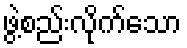
ဖွဲ့စည်းလိုက်သော